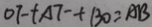
O F + A 7 ^ { - } + + B O = A B